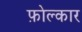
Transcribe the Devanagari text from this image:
फ़ोल्कार